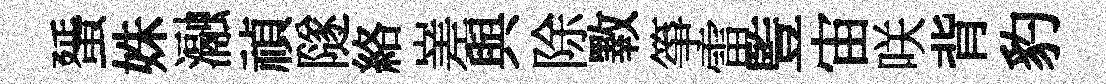
蜑姝瀜禎隧絡嵳與除斁箏雷䜿宙咲背豹